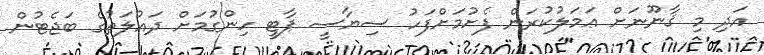
އަދި މި ޤާނޫނަށް ޢަމަލުކުރަން ފެށުމަށްފަހު ސިޔާސީ ޕާޓީ ހިންގުމަށް ދައުލަތުގެ ބަޖެޓުން